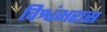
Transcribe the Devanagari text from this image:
विश्वंभरास